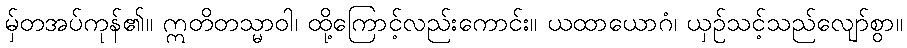
မှ်တအပ်ကုန်၏။ ဣတိတသ္မာဝါ၊ ထို့ကြောင့်လည်းကောင်း။ ယထာယောဂံ၊ ယှဉ်သင့်သည်လျော်စွာ။